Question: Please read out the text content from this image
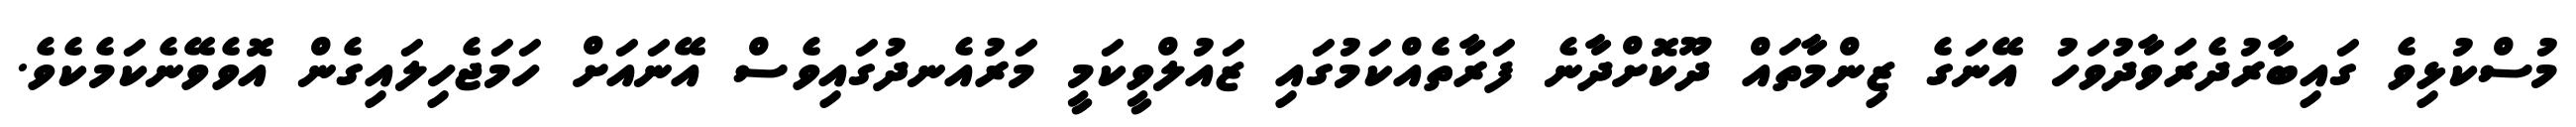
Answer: މުސްކުޅިވެ ގައިބާރުދެރަވާދުވަހު އޭނަގެ ޒިންމާތައް ދޫކޮށްދާނެ ފަރާތެއްކަމުގައި ޒައުލްވީކަމީ މަރުއެނދުގައިވެސް އޭނައަށް ހަމަޖެހިލައިގެން އޮވެވޭނެކަމެކެވެ.